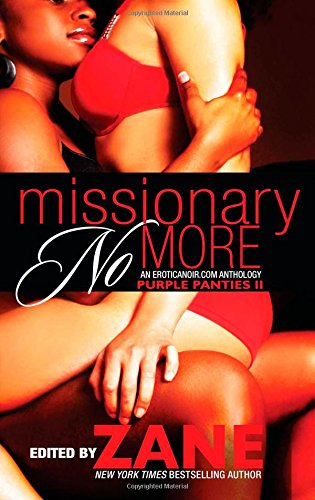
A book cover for Missionary No More: Purple Panties 2; Zane; Romance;